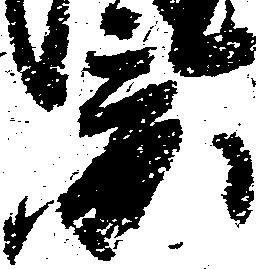
景